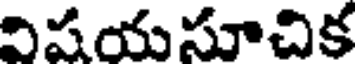
విషయసూచిక